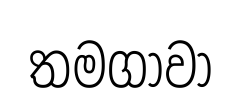
තමගාවා